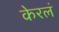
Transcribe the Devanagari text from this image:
केरलं